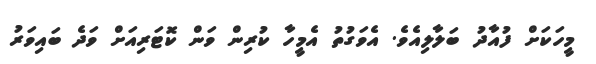
މީހަކަށް ފުއާދު ބަލާލިއެވެ. އެވަގުތު އެމީހާ ކުރިން ވަން ކޮޓަރިއަށް ވަދެ ބައިވަރު